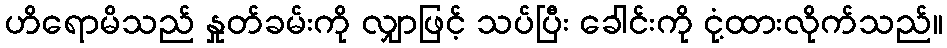
ဟိရောမိသည် နှုတ်ခမ်းကို လျှာဖြင့် သပ်ပြီး ခေါင်းကို ငုံ့ထားလိုက်သည်။